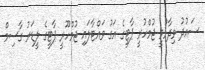
ސައުދު ވިދާޅުވީ ޖުމްހުރީ ޕާޓީގެ އަގު ވައްޓާލައި ޖުމްހޫރީ ޕާޓީގެ ލީޑަރު ގާސިމް